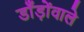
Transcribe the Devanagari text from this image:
डाँड़ोंवाले